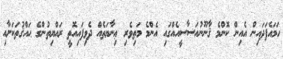
ހަމައެފަދައިން އެއިން ކޮންމެ ޤާނޫނުއަސާސީއެއްގައި އެންމެ މަތިވެރި ޢިނާޔަތެއް ދެވިފައިއޮތީ ރައްޔިތުންގެ ޙައްޤުތަކަށާއި